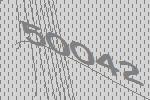
50042